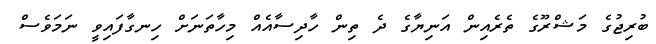
ބުރިޖުގެ މަޝްރޫގެ ތެރެއިން އަނިޔާގެ ދެ ތިން ހާދިސާއެއް މިހާތަނަށް ހިނގާފައިވީ ނަމަވެސް